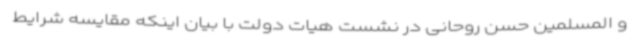
و المسلمین حسن روحانی در نشست هیات دولت با بیان اینکه مقایسه شرایط